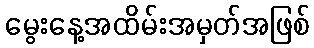
မွေးနေ့အထိမ်းအမှတ်အဖြစ်